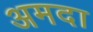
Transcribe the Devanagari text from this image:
अमदा